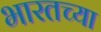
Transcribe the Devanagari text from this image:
भारतच्या